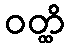
ဝတ္ထိ